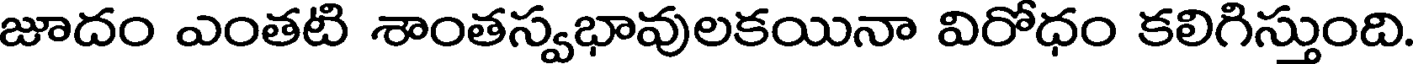
జూదం ఎంతటి శాంతస్వభావులకయినా విరోధం కలిగిస్తుంది